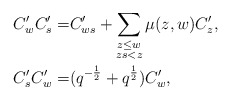
\begin{align*} C'_wC'_s=&C'_{ws}+\sum_{\substack{z\leq w\\ zs<z}}\mu(z,w)C'_z,\\ C'_sC'_w=&(q^{-\frac{1}{2}}+q^{\frac{1}{2}})C'_w,\end{align*}